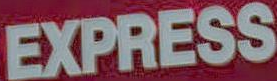
EXPRESS